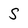
Character: S